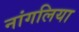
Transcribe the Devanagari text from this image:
नांगलिया